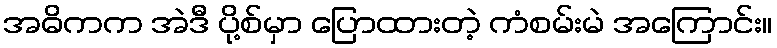
အဓိကက အဲဒီ ပို့စ်မှာ ပြောထားတဲ့ ကံစမ်းမဲ အကြောင်း။